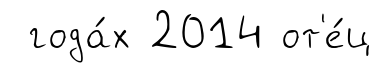
года́х 2014 от'е́ц